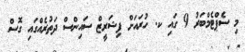
މި ސެޕްޓެމްބަރު 9 ގައި ކ. ހުރައަށް ފިޝަރީޒް ސައިންސް ދަތުރެއްގައި ގޮސް